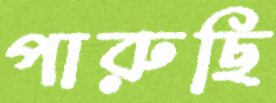
পারুছি